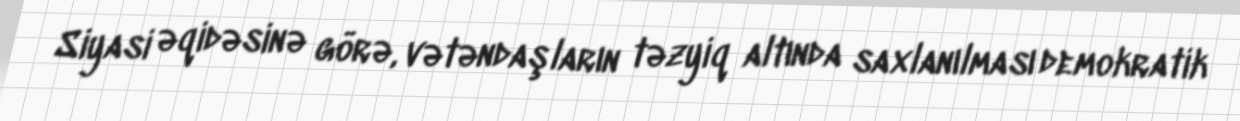
Siyasi əqidəsinə görə, vətəndaşların təzyiq altında saxlanılması demokratik